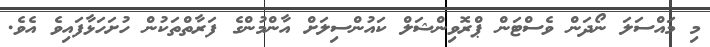
މި މައްސަލަ ނޯދަން ވެސްޓަން ޕްރޮވިންޝަލް ކައުންސިލަށް އާންމުންގެ ފަރާތްތަކުން ހުށަހަޅާފައިވެ އެވެ.